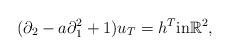
LaTeX: \begin{align*} (\partial_2 - a \partial_1^2 +1)u_T = h^T \textrm{in} \mathbb{R}^2,\end{align*}